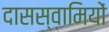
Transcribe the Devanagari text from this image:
दासस्वामियों